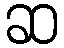
ဆ